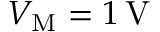
V _ { \mathrm { M } } = 1 \, \mathrm V